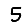
Digit: 5